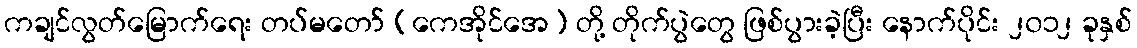
ကချင်လွတ်မြောက်ရေး တပ်မတော် (ကေအိုင်အေ) တို့ တိုက်ပွဲတွေ ဖြစ်ပွားခဲ့ပြီး နောက်ပိုင်း ၂၀၁၂ ခုနှစ်